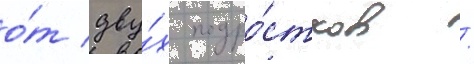
о́т дву́х подро́стков /